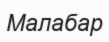
Малабар